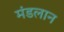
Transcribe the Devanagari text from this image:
मंडलान